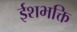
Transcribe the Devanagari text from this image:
ईशभक्ति